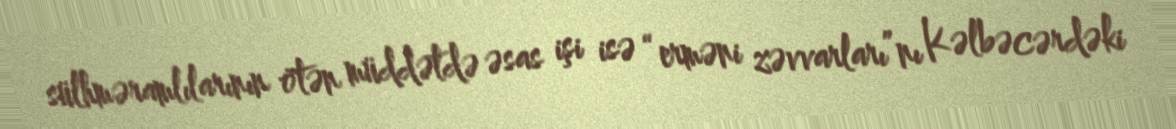
sülhməramlılarının ötən müddətdə əsas işi isə “erməni zəvvarları”nı Kəlbəcərdəki